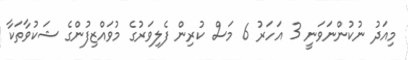
މިއަދު ނުކުންނަވަނީ 3 އަހަރު 6 މަސް ކުރިން ފެލިވަރުގެ މުވައްޒިފުންގެ ޝަކުވާތަކާ